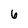
Character: 6